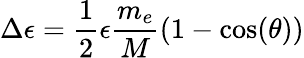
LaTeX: \Delta\epsilon=\frac{1}{2}\epsilon\frac{m_{e}}{M}(1-\cos(\theta))